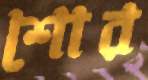
শোর